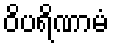
ဝိပရိဏာမံ